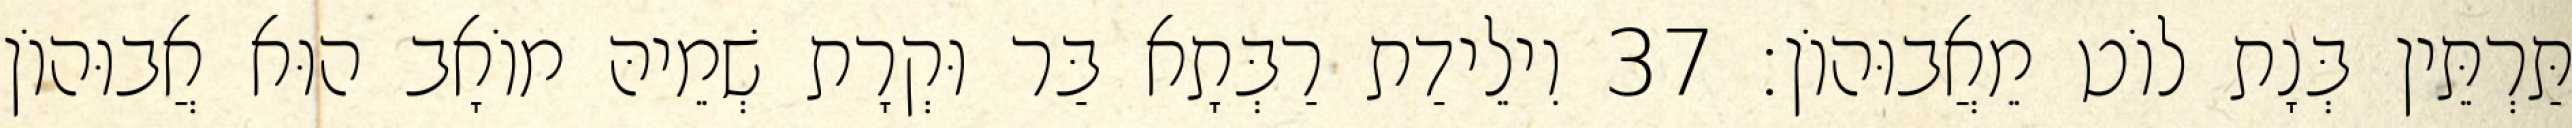
תַּרְתֵּין בְּנָת לוֹט מֵאֲבוּהוֹן׃ 37 וִילֵידַת רַבְּתָא בַּר וּקְרָת שְׁמֵיהּ מוֹאָב הוּא אֲבוּהוֹן